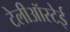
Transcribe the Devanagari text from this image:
टेलीऑस्टेई